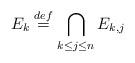
LaTeX: \begin{align*} E_k \stackrel{def}{=} \bigcap_{k \le j \le n} E_{k, j}\end{align*}